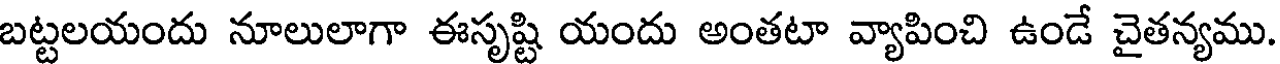
బట్టలయందు నూలులాగా ఈసృష్టి యందు అంతటా వ్యాపించి ఉండే చైతన్యము